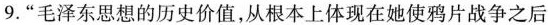
9.”毛泽东思想的历史价值，从根本上体现在她使鸦片战争之后